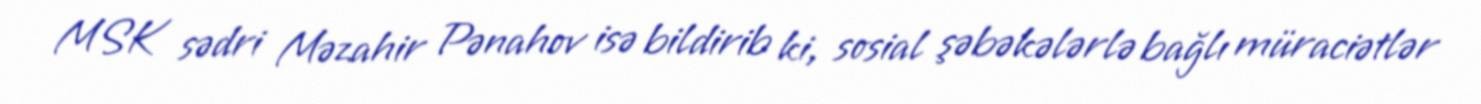
MSK sədri Məzahir Pənahov isə bildirib ki, sosial şəbəkələrlə bağlı müraciətlər